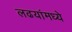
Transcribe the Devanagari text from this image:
लढयांमध्ये